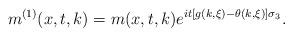
LaTeX: \begin{align*} m^{(1)}(x,t,k)=m(x,t,k)e^{it[g(k,\xi)-\theta(k,\xi)]\sigma_3}.\end{align*}